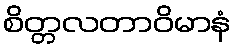
စိတ္တလတာဝိမာနံ